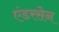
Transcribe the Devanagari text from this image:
एंडरसेन